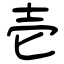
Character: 壱